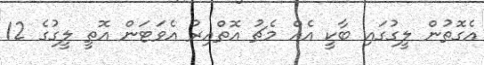
އެގޮތުން ލީގުގައި ބާކީ އެއް މެޗު އޮތްއިރު އެވަޓަން އޮތީ ލީގުގެ 12